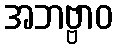
အဘဗ္ဗာဝ